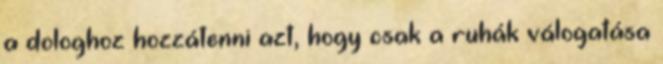
a dologhoz hozzátenni azt, hogy csak a ruhák válogatása